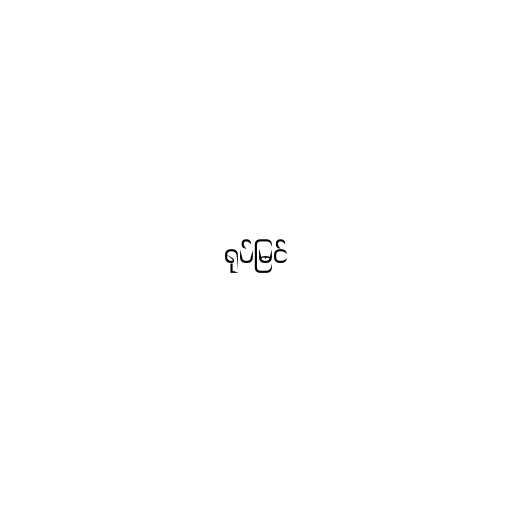
ရုပ်မြင်